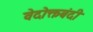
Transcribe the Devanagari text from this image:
वेदोक्तबंदी